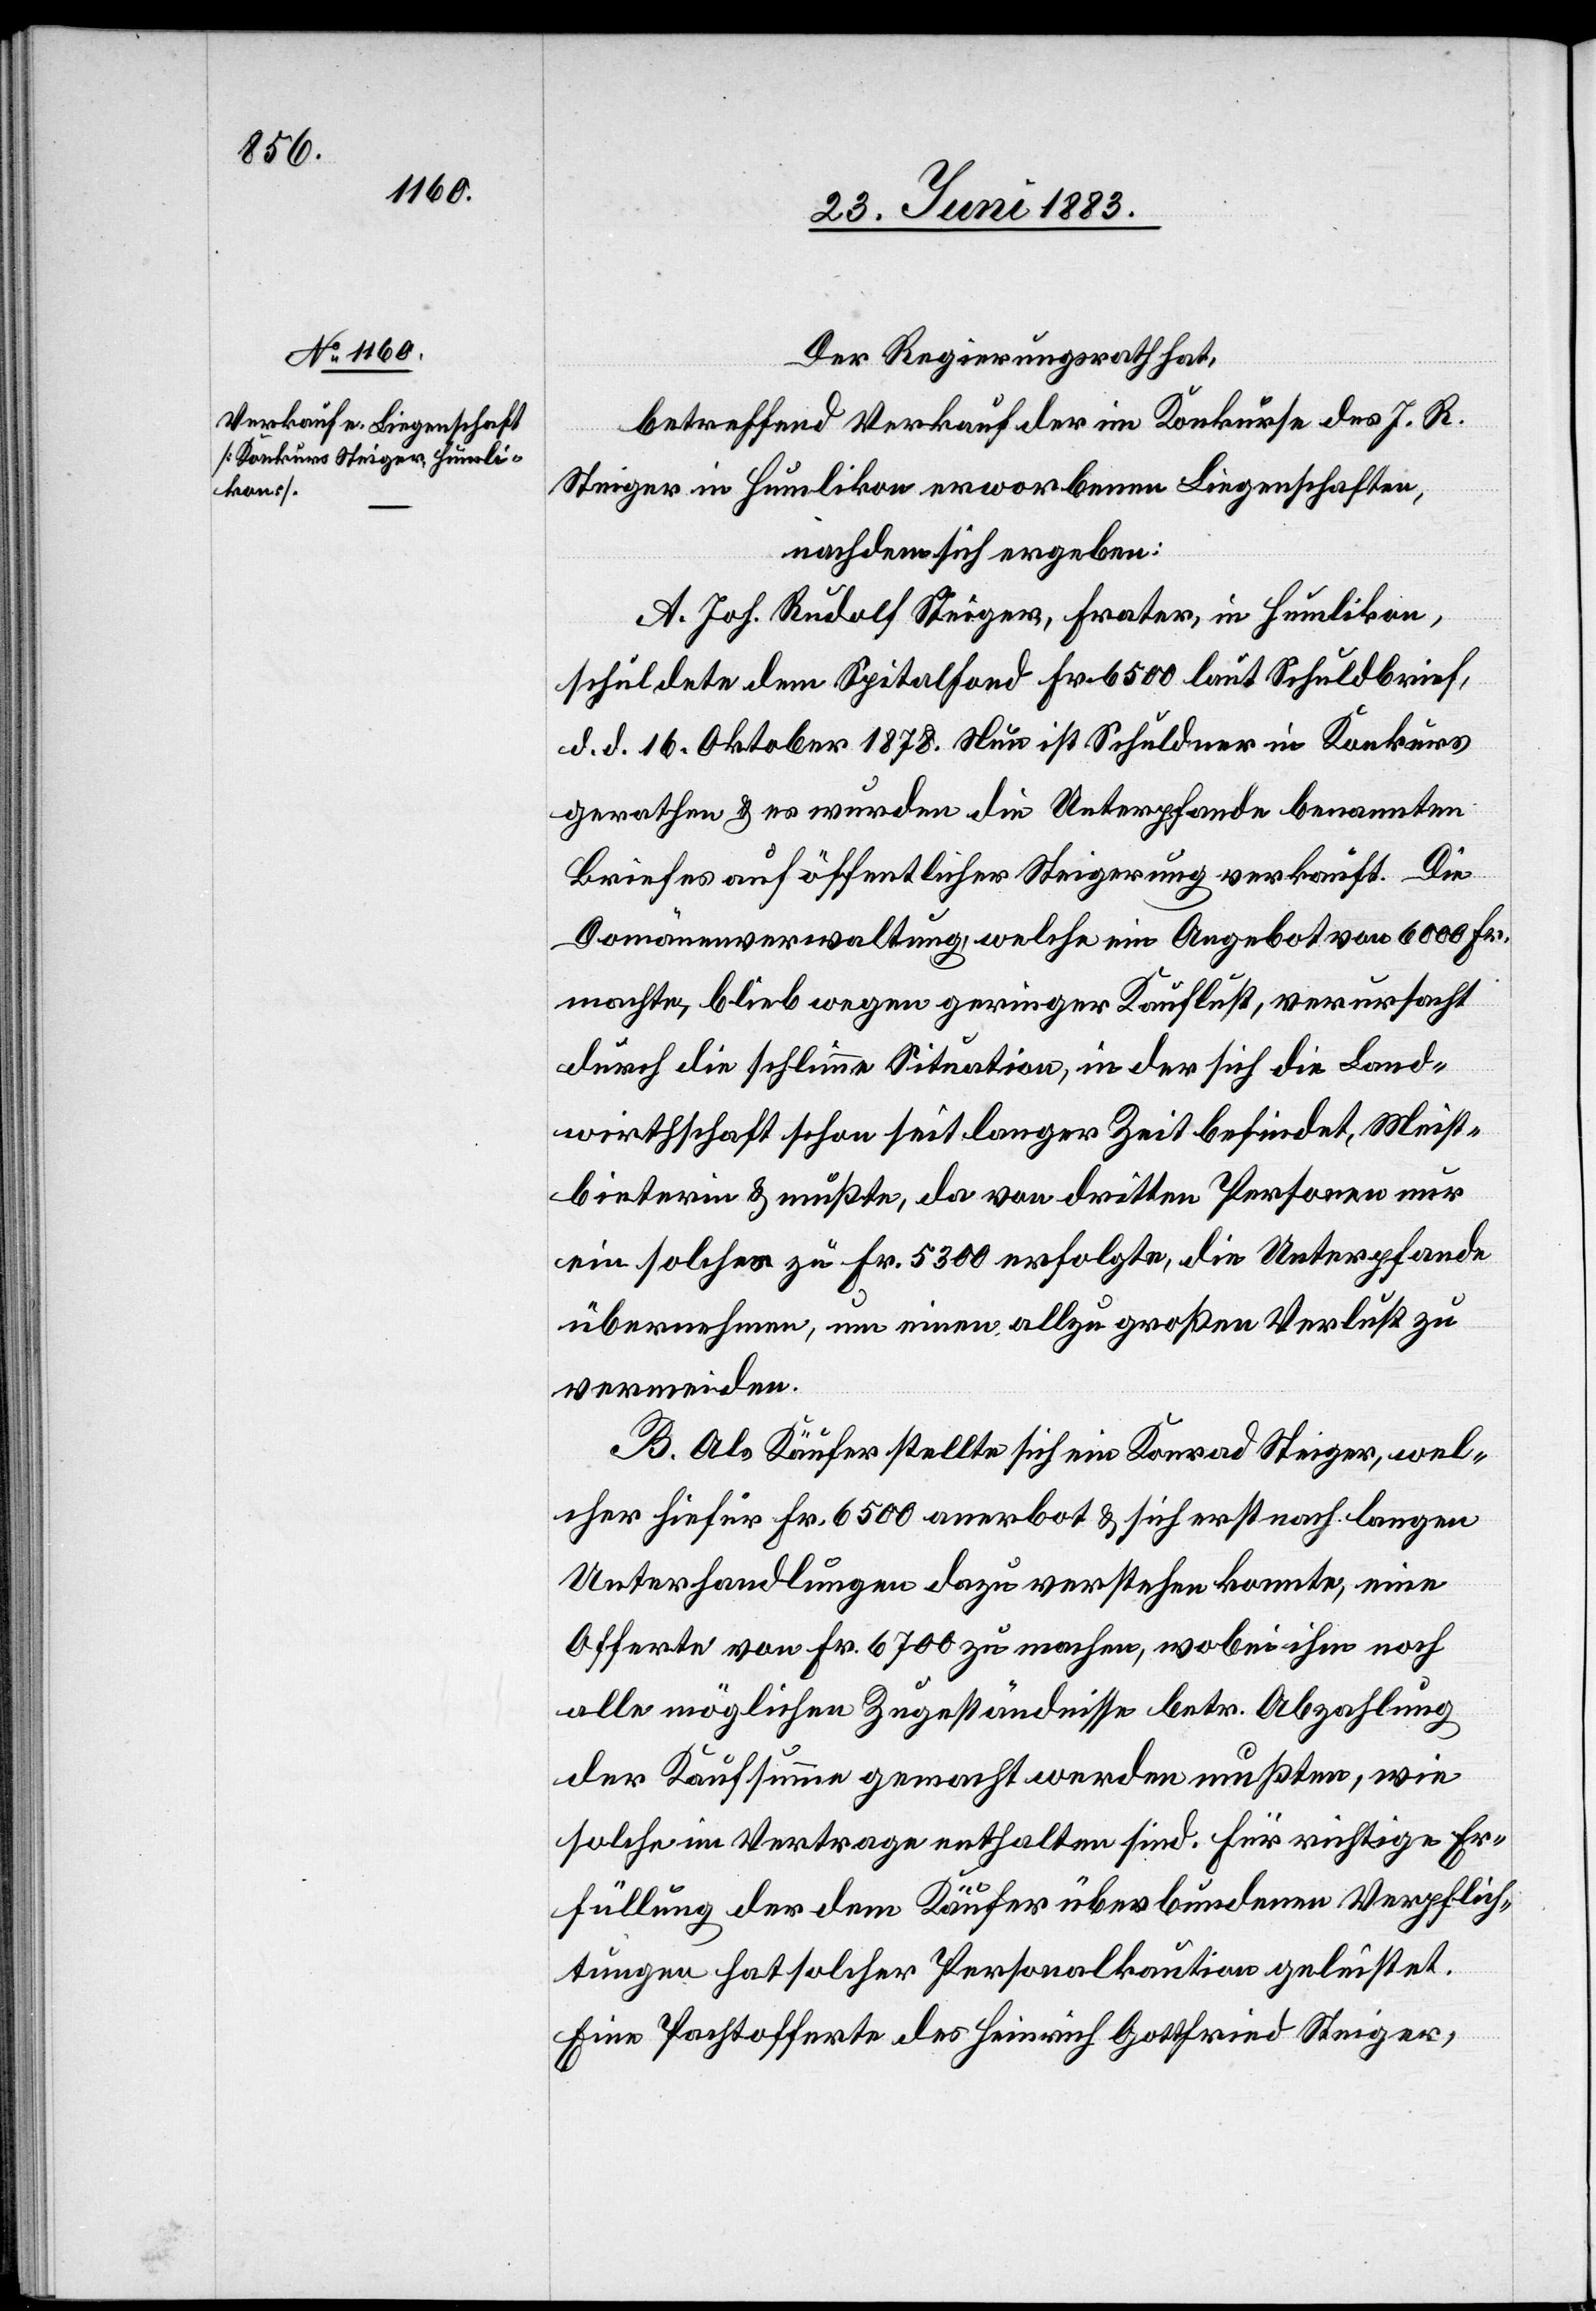
Der Regierungsrath hat,
betreffend Verkauf der im Konkurse des J. R.
Steiger in Humlikon erworbenen Liegenschaften,
nachdem sich ergeben:
A. Joh. Rudolf Steiger, Frater, in Humlikon,
schuldete dem Spitalfond Fr. 6500 laut Schuldbrief,
d. d. 16. Oktober 1878. Nun ist Schuldner in Konkurs
gerathen & es wurden die Unterpfande benannten
Briefes auf öffentlicher Steigerung verkauft. Die
Domänenverwaltung, welche ein Angebot von 6000 Fr.
machte, blieb wegen geringer Kauflust, verursacht
durch die schlimme Situation, in der sich die Land¬
wirthschaft schon seit langer Zeit befindet, Meist¬
bieterin & müßte, da von dritten Personen nur
ein solches zu Fr. 5300 erfolgte, die Unterpfande
übernehmen, um einen allzu großen Verlust zu
vermeiden.
B. Als Käufer stellte sich ein Konrad Steiger, wel¬
cher hiefür Fr. 6500 anerbot & sich erst nach langen
Unterhandlungen dazu verstehen konnte, eine
Offerte von Fr. 6700 zu machen, wobei ihm noch
alle möglichen Zugeständnisse betr. Abzahlung
der Kaufsumme gemacht werden mußten, wie
solche im Vertrage enthalten sind. Für richtige Er¬
füllung der dem Käufer überbundenen Verpflich¬
tungen hat solcher Personalkaution geleistet.
Eine Pachtofferte des Heinrich Gottfried Steiger,